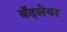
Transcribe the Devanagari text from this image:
बॅदलेयर